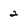
Character: 2